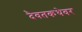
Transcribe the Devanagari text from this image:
दैवतकथेवर